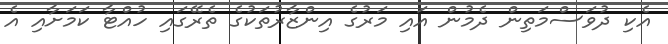
އެކި ދުވަސްމަތިން ދެމުން އައި މަރުގެ އިންޒާރުތަކުގެ ތެރޭގައި ހުއްޓާ ކަމަށާއި އެ